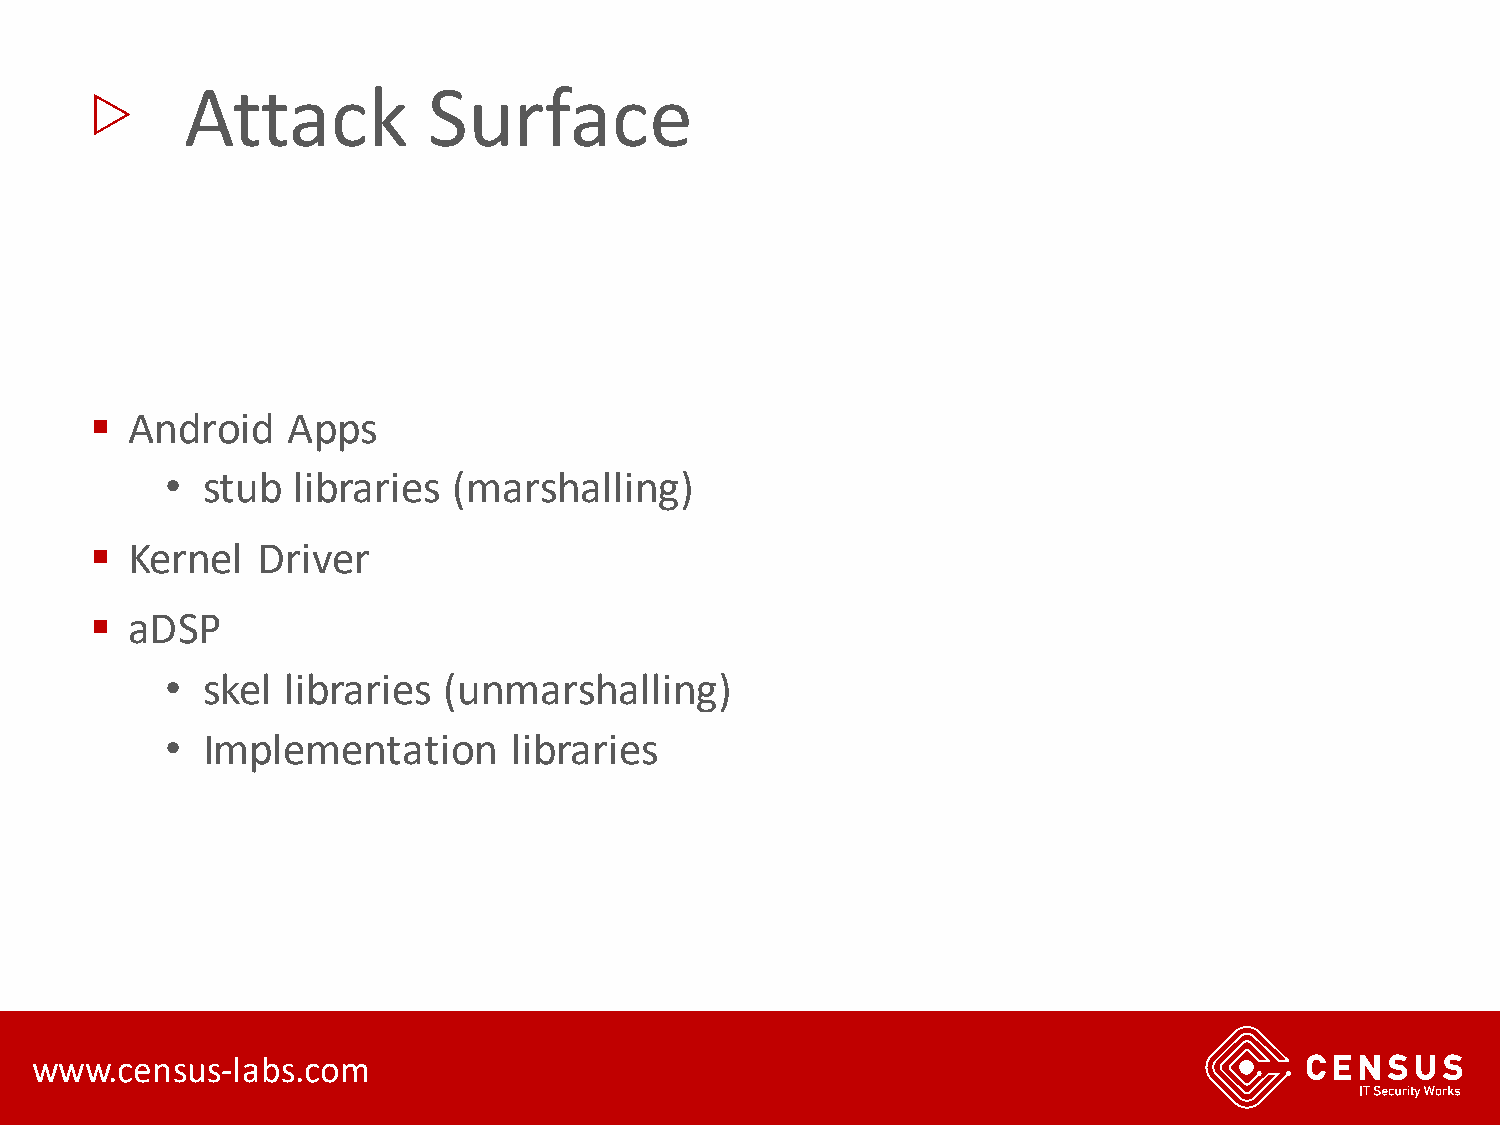
▷
 Attack          Surface
 ▪ Android    Apps
 • stub  libraries  (marshalling)
 ▪ Kernel   Driver
 ▪ aDSP
 • skel  libraries (unmarshalling)
 • Implementation       libraries
 www.census-labs.com